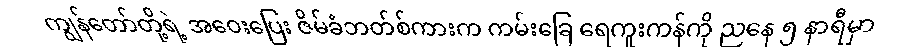
ကျွန်တော်တို့ရဲ့ အဝေးပြေး ဇိမ်ခံဘတ်စ်ကားက ကမ်းခြေ ရေကူးကန်ကို ညနေ ၅ နာရီမှာ